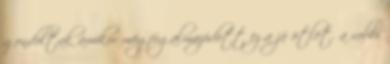
gondoltak amikor megfogalmazódott ez a jó ötlet. a rabbi